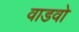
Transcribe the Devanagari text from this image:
वाडवो